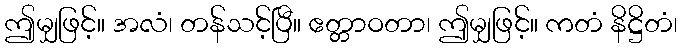
ဤမျှဖြင့်။ အလံ၊ တန်သင့်ပြီ။ ဧတ္တာဝတာ၊ ဤမျှဖြင့်။ ကတံ နိဋ္ဌိတံ၊